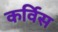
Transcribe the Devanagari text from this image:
कर्विस